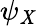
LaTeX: \psi_{\mathit{X}}